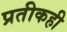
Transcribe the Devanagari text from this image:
प्रतीकही